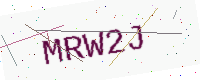
Text: MRW2J